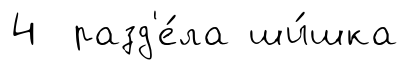
4 разд'е́ла ши́шка